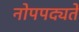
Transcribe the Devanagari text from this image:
नोपपद्यते